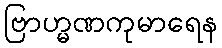
ဗြာဟ္မဏကုမာရေန